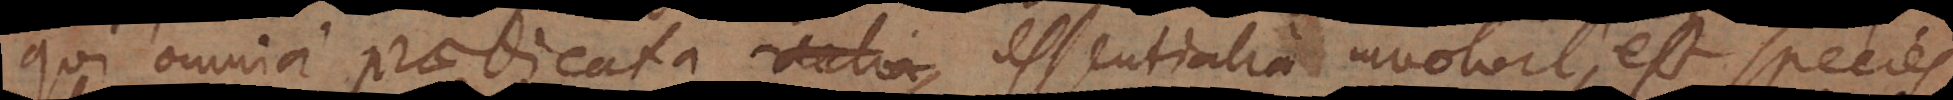
qui omnia praedicata realia essentialia involvit, est species